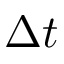
\Delta t